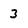
Character: 3